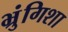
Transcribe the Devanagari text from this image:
भ्रुंगिशा